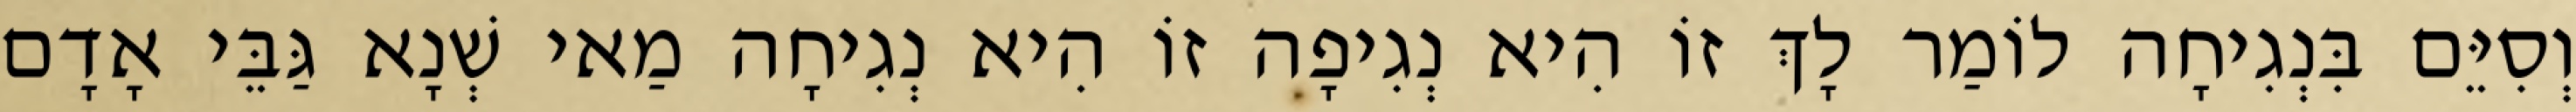
וְסִיֵּם בִּנְגִיחָה לוֹמַר לָךְ זוֹ הִיא נְגִיפָה זוֹ הִיא נְגִיחָה מַאי שְׁנָא גַּבֵּי אָדָם